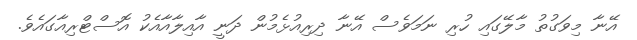
އޭނާ މިވަގުތު މާލޭގައި ހުރި ނަމަވެސް އޭނާ ދިރިއުޅެމުން ދަނީ އާއިލާއާއެކު އޮސްޓްރިއާގައެވެ.